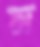
ম